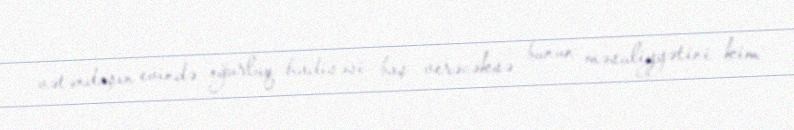
vətəndaşın evində oğurluq hadisəsi baş verəcəksə bunun məsuliyyətini kim